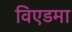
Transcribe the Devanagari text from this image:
विएडमा